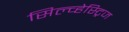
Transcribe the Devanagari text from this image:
सिल्व्हेस्ट्रिज